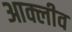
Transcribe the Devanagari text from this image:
आक्लीव